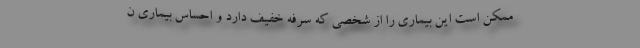
ممکن است این بیماری را از شخصی که سرفه خفیف دارد و احساس بیماری ن